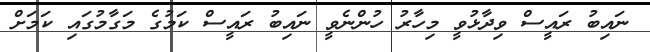
ނައިބު ރައީސް ވިދާޅުވީ މިހާރު ހުންނެވީ ނައިބު ރައީސް ކަމުގެ މަގާމުގައި ކަމަށް